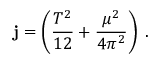
{ \bf j } = \left( { \frac { T ^ { 2 } } { 1 2 } } + { \frac { \mu ^ { 2 } } { 4 \pi ^ { 2 } } } \right) { \bf \Omega } .